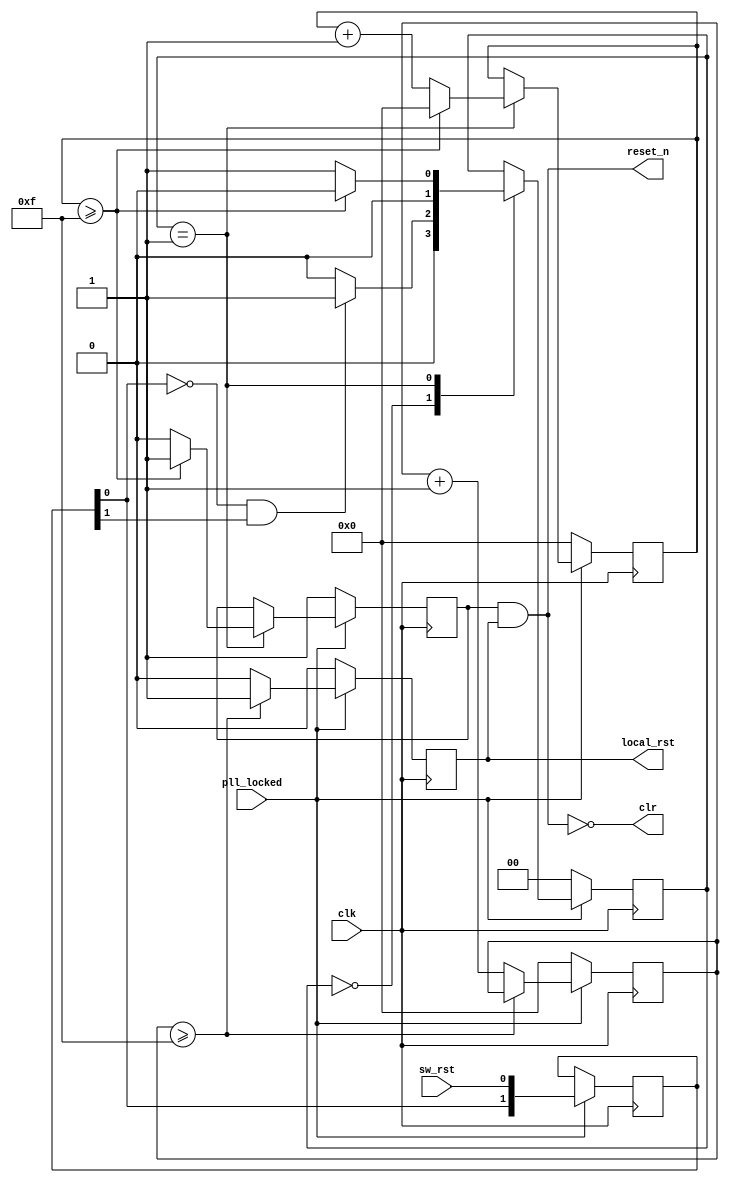
//-----------------------------------------------------------------------------
//Copyright(c) 2015, SVision Research Inc
//SVR Confidential Proprietary
//All rights reserved.
//-----------------------------------------------------------------------------
//
//IP LIB INDEX      :    
//IP Name           :                                                                                
//File Name         :                                                                                
//Module name       :  RESET                                                                              
//Full name         :  System Reset                                                                              
//                                                                                                   
//Email             :                                                                                
//Data              :  2018.6.15                                                                             
//Version           :  V1.0                                                                              
//                                                                                                   
//Abstract          :                                                                                
//                                                                                                   
//Called  by        :
//
//Modification history
//------------------------------------------------------------------------------
//
//$Log$
//
//-----------------------------------------------------------------------------
//-----------------------------
//DEFINE MACRO
//-----------------------------

//synopsys translate_off
`timescale 1 ns / 100 ps
//synopsys translate_on

module RESET(
	input clk,                                    
	input sw_rst, 
	input pll_locked,  
	output reset_n,
	output reg local_rst, 
	output clr
); 
 
reg sw_rst_;

assign reset_n = sw_rst_ && local_rst;
assign clr = ~reset_n;

reg [7:0] i;
reg [7:0] j;
reg [1:0] sw_rst_reg; 
reg [1:0] state;

always@(posedge clk)
if(!pll_locked)
begin
	i <= 1'b0;
	local_rst <= 1'b0;
end
else
begin
	if(i >= 8'hF)
		local_rst <= 1'b1;
	else
	begin
		i <= i + 1'b1;
		local_rst <= 1'b0;
	end
end

always@(posedge clk)
if(!pll_locked)
begin
	j <= 1'b0;
	sw_rst_ <= 1'b1;
	state <= 2'd0;
end
else
begin
	sw_rst_reg[1:0] <= {sw_rst_reg[0],sw_rst};
	case(state)
	2'd0:
	begin
		if((sw_rst_reg[0] == 1'b0) && (sw_rst_reg[1] == 1'b1))
			state <= 2'd1;
		else
			state <= 2'd0;
	end
	2'd1:
	begin
		if(j >= 8'hF)
		begin
			j <= 8'h0;
			sw_rst_ <= 1'b1;
			state <= 2'd0;
		end
		else
		begin
			j <= j + 1'b1;
			sw_rst_ <= 1'b0;
			state <= 2'd1;
		end
	end
	endcase
end 


endmodule